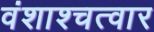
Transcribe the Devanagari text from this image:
वंशाश्चत्वार